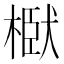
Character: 𭫞